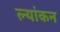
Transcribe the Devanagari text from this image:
ल्यांकन